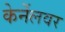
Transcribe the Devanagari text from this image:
केर्नेलवर